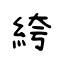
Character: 絝